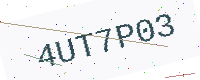
Text: 4UT7P03